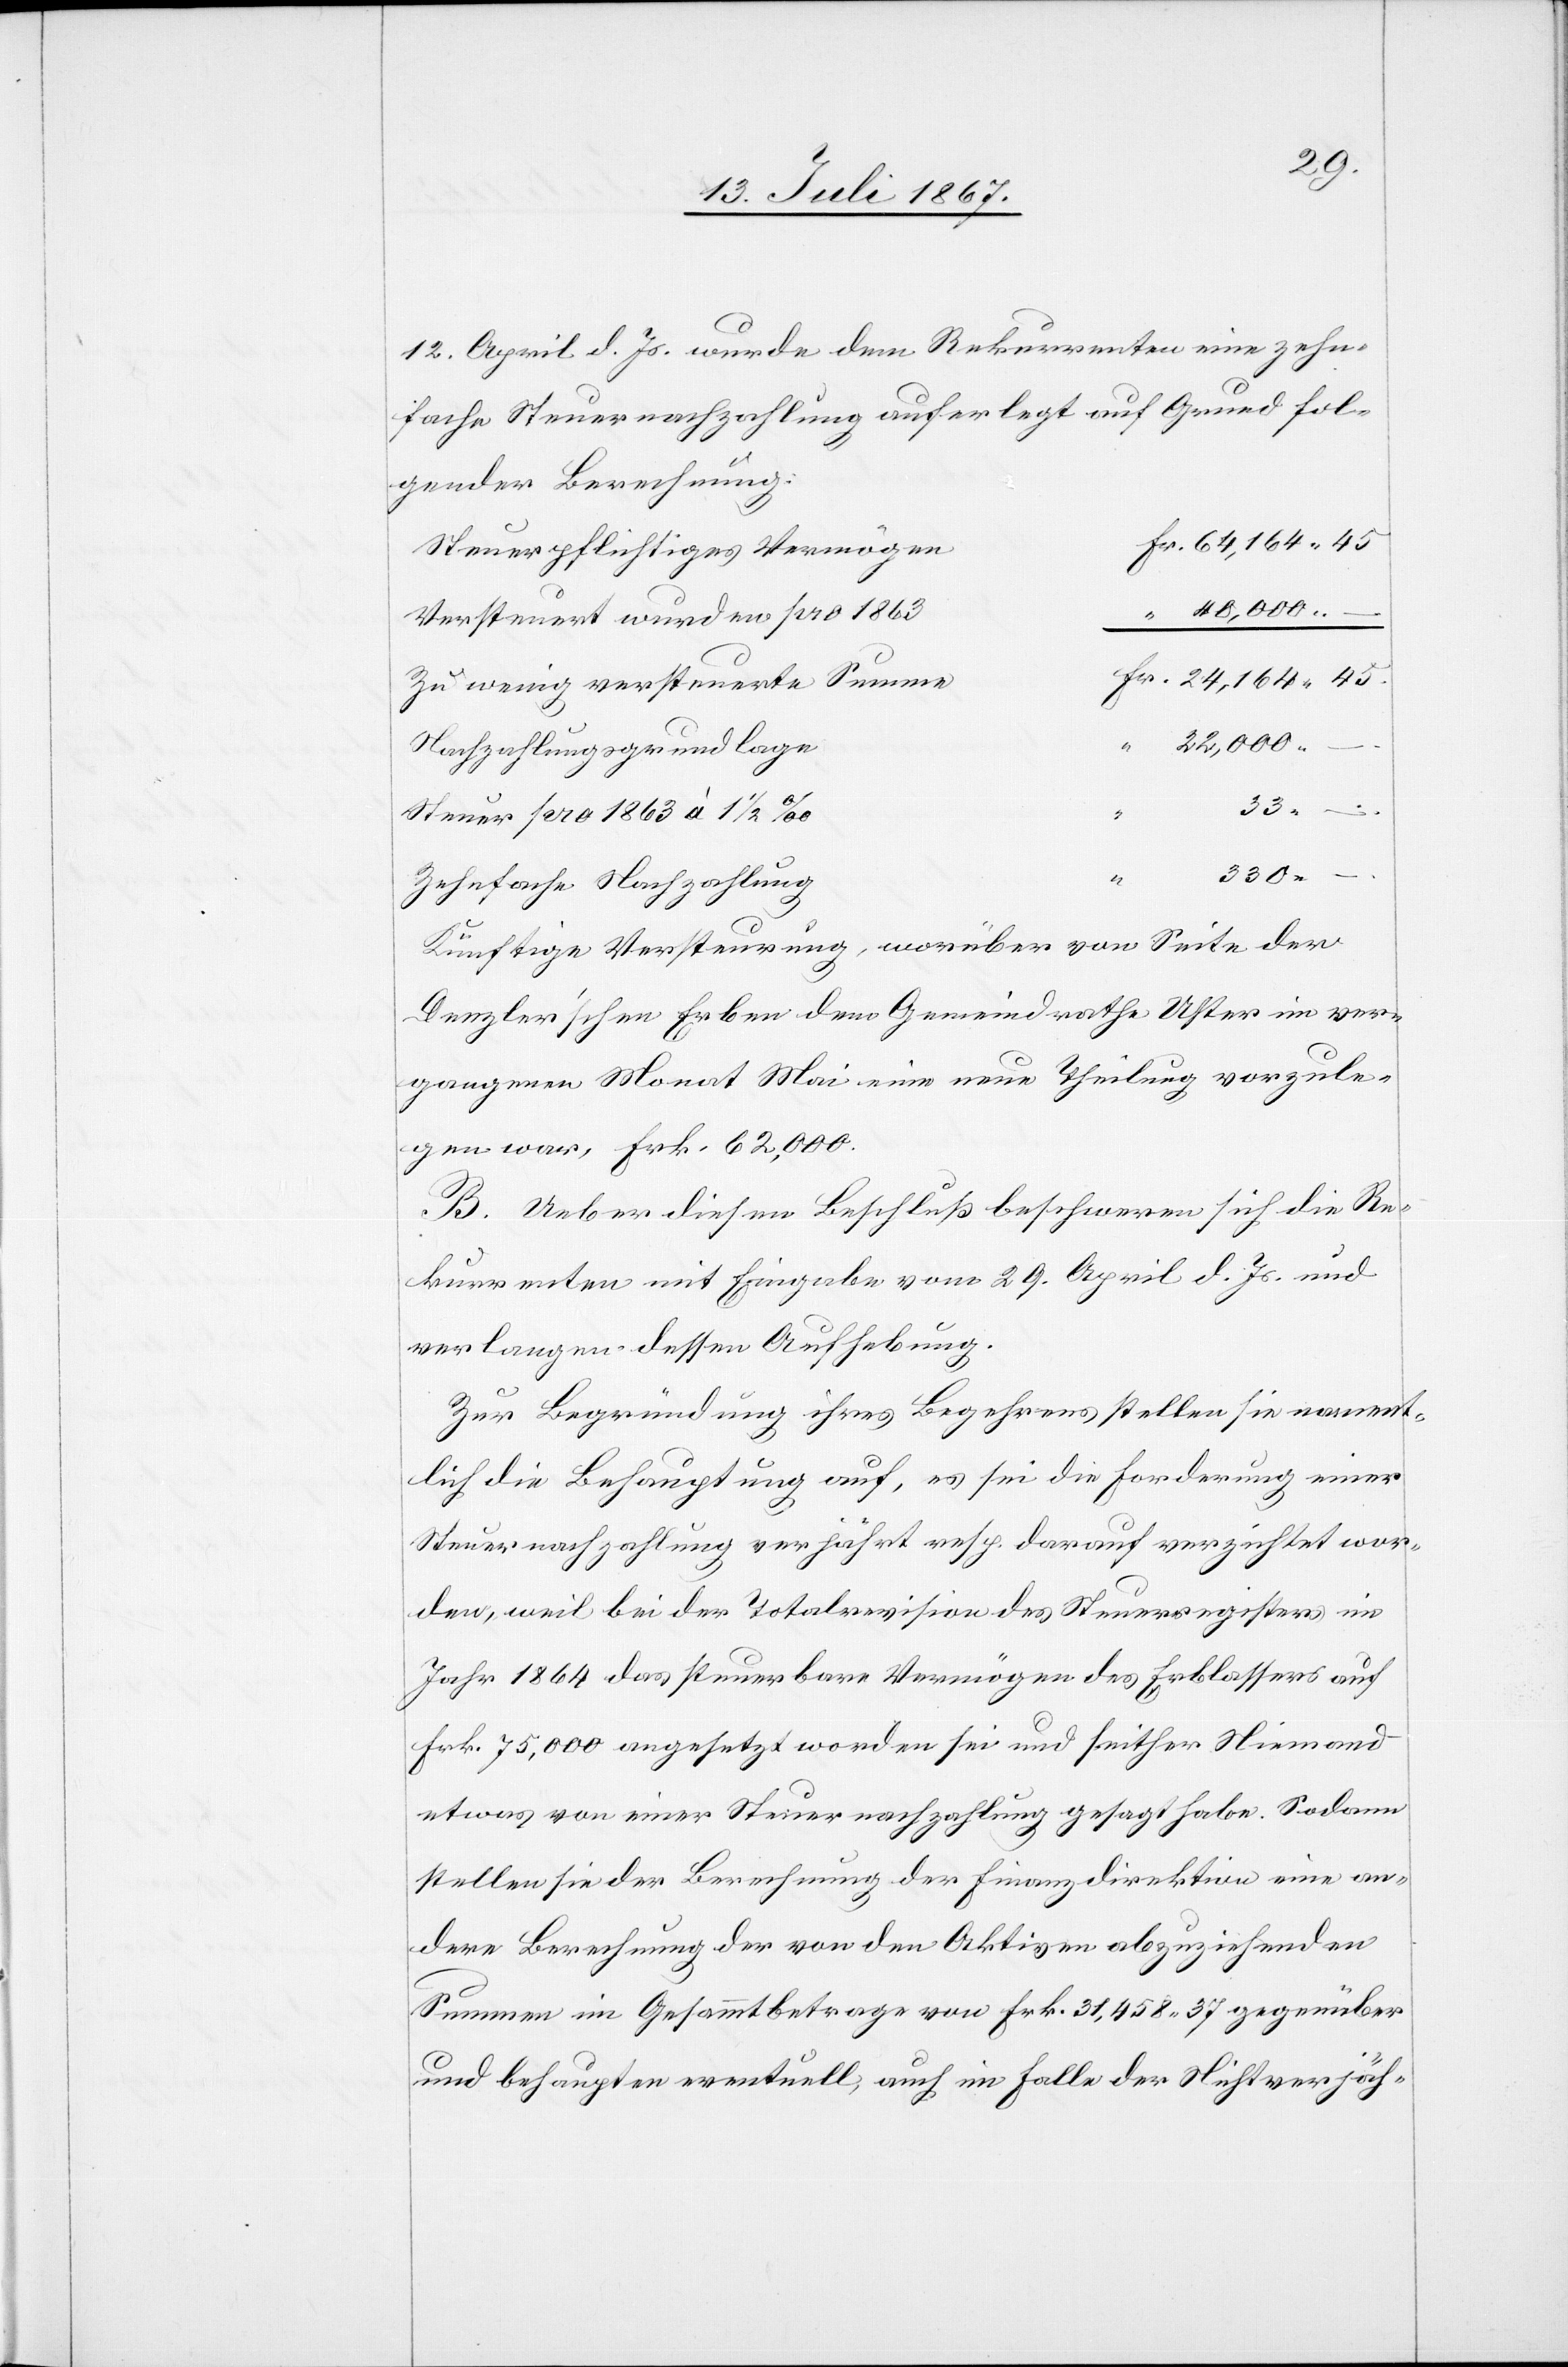
12. April d. Js. wurde dem Rekurrenten eine zehn¬
fache Steuernachzahlung auferlegt auf Grund fol¬
gender Berechnung:
Steuerpflichtiges Vermögen
Versteuert wurden pro 1863
Zu wenig versteuert Summe
330.
–.
Steuer pro 1863 à 1 ½‰
“
Zehnfache Nachzahlung
Künftige Versteuerung, worüber von Seite der
Denzler’schen Erben dem Gemeindrathe Uster im ver¬
gangenen Monat Mai eine neue Theilung vorzule¬
gen war, Frk. 62 000.
B. Ueber diesen Beschluß beschweren sich die Re¬
kurrenten mit Eingabe vom 29. April d. Js. und
verlangen dessen Aufhebung.
Zur Begründung ihres Begehrens stellen sie nament¬
lich die Behauptung auf, es sei die Forderung einer
Steuernachzahlung verjährt resp. darauf verzichtet wor¬
den, weil bei der Totalrevision des Steuerregisters im
Jahr 1864 das steuerbare Vermögen des Erblassers auf
Frk. 75 000 angesetzt worden sei und seither Niemand
etwas von einer Steuernachzahlung gesagt habe. Sodann
stellen sie der Berechnung der Finanzdirektion eine an¬
dere Berechnung der von den Aktiven abzuziehenden
Summen im Gesammtbetrage von Frk. 31 458.37 gegenüber
und behaupten eventuell, auch im Falle der Nichtverjäh-